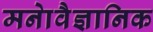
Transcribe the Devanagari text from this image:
मनाेवैज्ञानिक